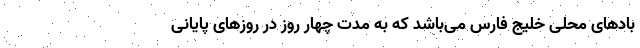
بادهای محلی خلیج فارس می‌باشد که به مدت چهار روز در روزهای پایانی